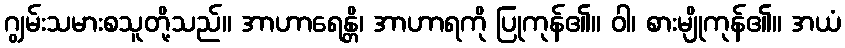
ဂျွမ်းသမားစသူတို့သည်။ အာဟာရေန္တိ၊ အာဟာရကို ပြုကုန်၏။ ဝါ၊ စားမျိုကုန်၏။ အယံ